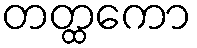
တတ္ထကော